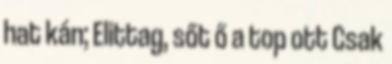
hat kán; Elittag, sőt ő a top ott Csak